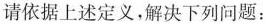
请依据上述定义，解决下列问题：